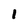
Character: 1